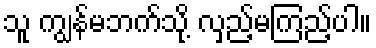
သူ ကျွန်မဘက်သို့ လှည့်မကြည့်ပါ။